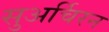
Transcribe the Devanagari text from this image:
सुअर्चिरन